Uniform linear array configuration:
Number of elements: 16
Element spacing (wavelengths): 0.25
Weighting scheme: exponential
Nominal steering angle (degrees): -15
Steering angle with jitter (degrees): -15.391
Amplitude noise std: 0.05
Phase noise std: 0.05

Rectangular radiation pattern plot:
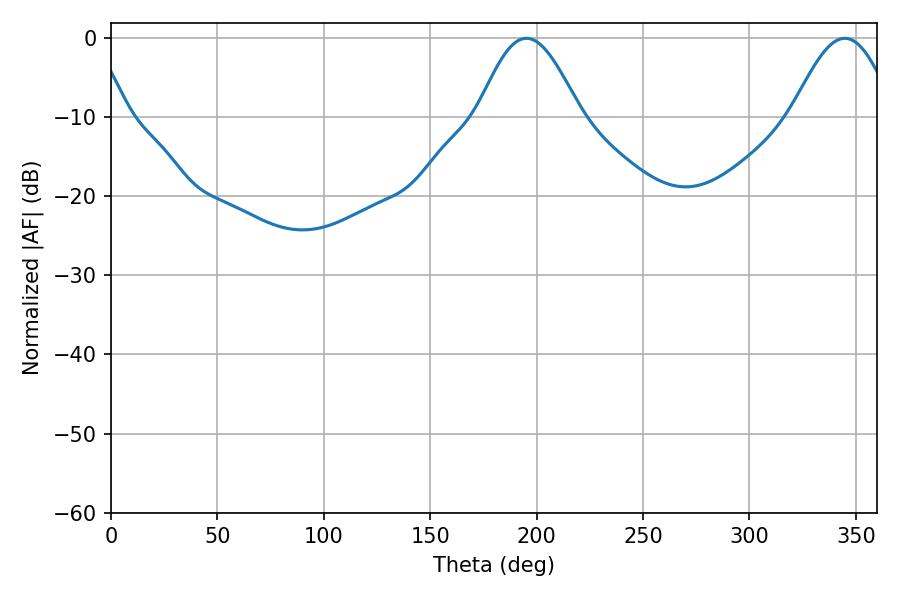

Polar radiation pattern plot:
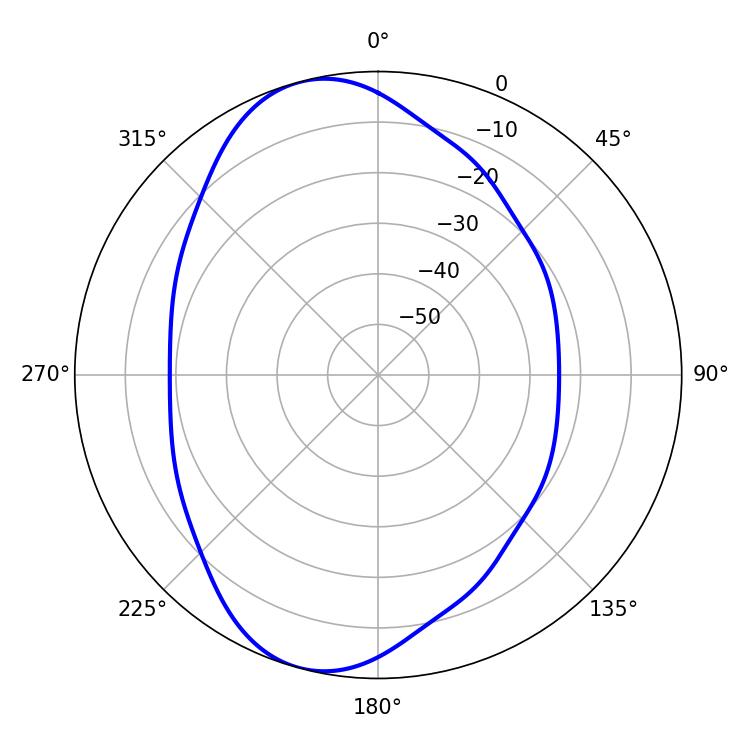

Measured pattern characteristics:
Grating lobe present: FALSE
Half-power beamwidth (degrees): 25.74
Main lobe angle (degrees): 195.12